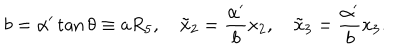
LaTeX: b = \alpha ^ { \prime } \tan \theta \equiv a R _ { 5 } , \quad \tilde { x } _ { 2 } = \frac { \alpha ^ { \prime } } { b } x _ { 2 } , \quad \tilde { x } _ { 3 } = \frac { \alpha ^ { \prime } } { b } x _ { 3 } .